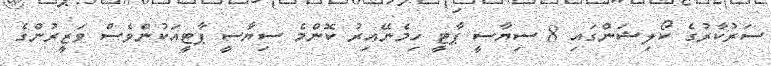
ސަރުކާރުގެ ކޯލިޝަންގައި 8 ސިޔާސީ ޕާޓީ ހިމެނޭއިރު ކޮންމެ ސިޔާސީ ޕާޓީއަކުންވެސް ވަޒީރުންގެ